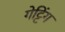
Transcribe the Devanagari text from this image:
गेट्टिंग